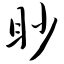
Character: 眇